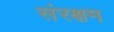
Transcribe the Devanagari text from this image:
संरक्षम